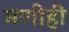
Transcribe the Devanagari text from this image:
मणीही